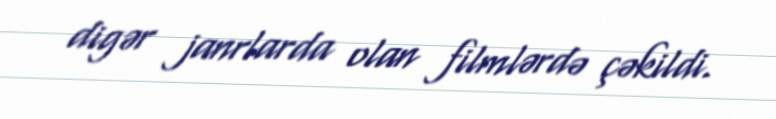
digər janrlarda olan filmlərdə çəkildi.